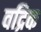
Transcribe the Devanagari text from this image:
वद्रिक